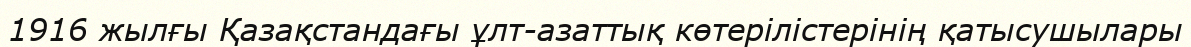
1916 жылғы Қазақстандағы ұлт-азаттық көтерілістерінің қатысушылары